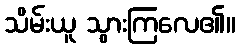
သိမ်းယူ သွားကြလေ၏။